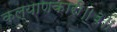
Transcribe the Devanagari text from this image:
कल्याणकारी॥३॥